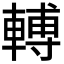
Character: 𨍭